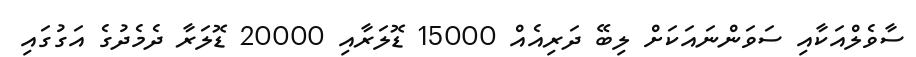
ސާވެލްއަކާއި ސަވަންނައަކަށް ލިބޭ ދަރިއެއް 15000 ޑޮލަރާއި 20000 ޑޮލަރާ ދެމެދުގެ އަގުގައި